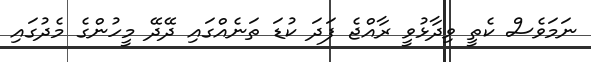
ނަމަވެސް ކެތީ ވިދާޅުވީ ރާއްޖެ ފަދަ ކުޑަ ތަނެއްގައި ދޭދޭ މީހުންގެ މެދުގައި